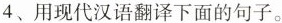
4、用现代汉语翻译下面的句子